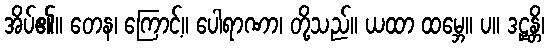
အိပ်၏။ တေန၊ ကြောင့်။ ပေါရာဏာ၊ တို့သည်။ ယထာ ထမ္ဘေ။ ပ။ ဒဠှန္တိ၊